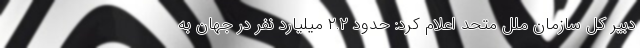
دبیر کل سازمان ملل متحد اعلام کرد: حدود ۲.۲ میلیارد نفر در جهان به